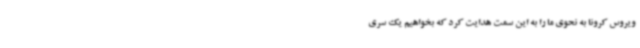
ویروس کرونا به نحوی ما را به این سمت هدایت کرد که بخواهیم یک سری